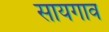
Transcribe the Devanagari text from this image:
सायगाव